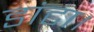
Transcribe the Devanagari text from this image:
डांटा।